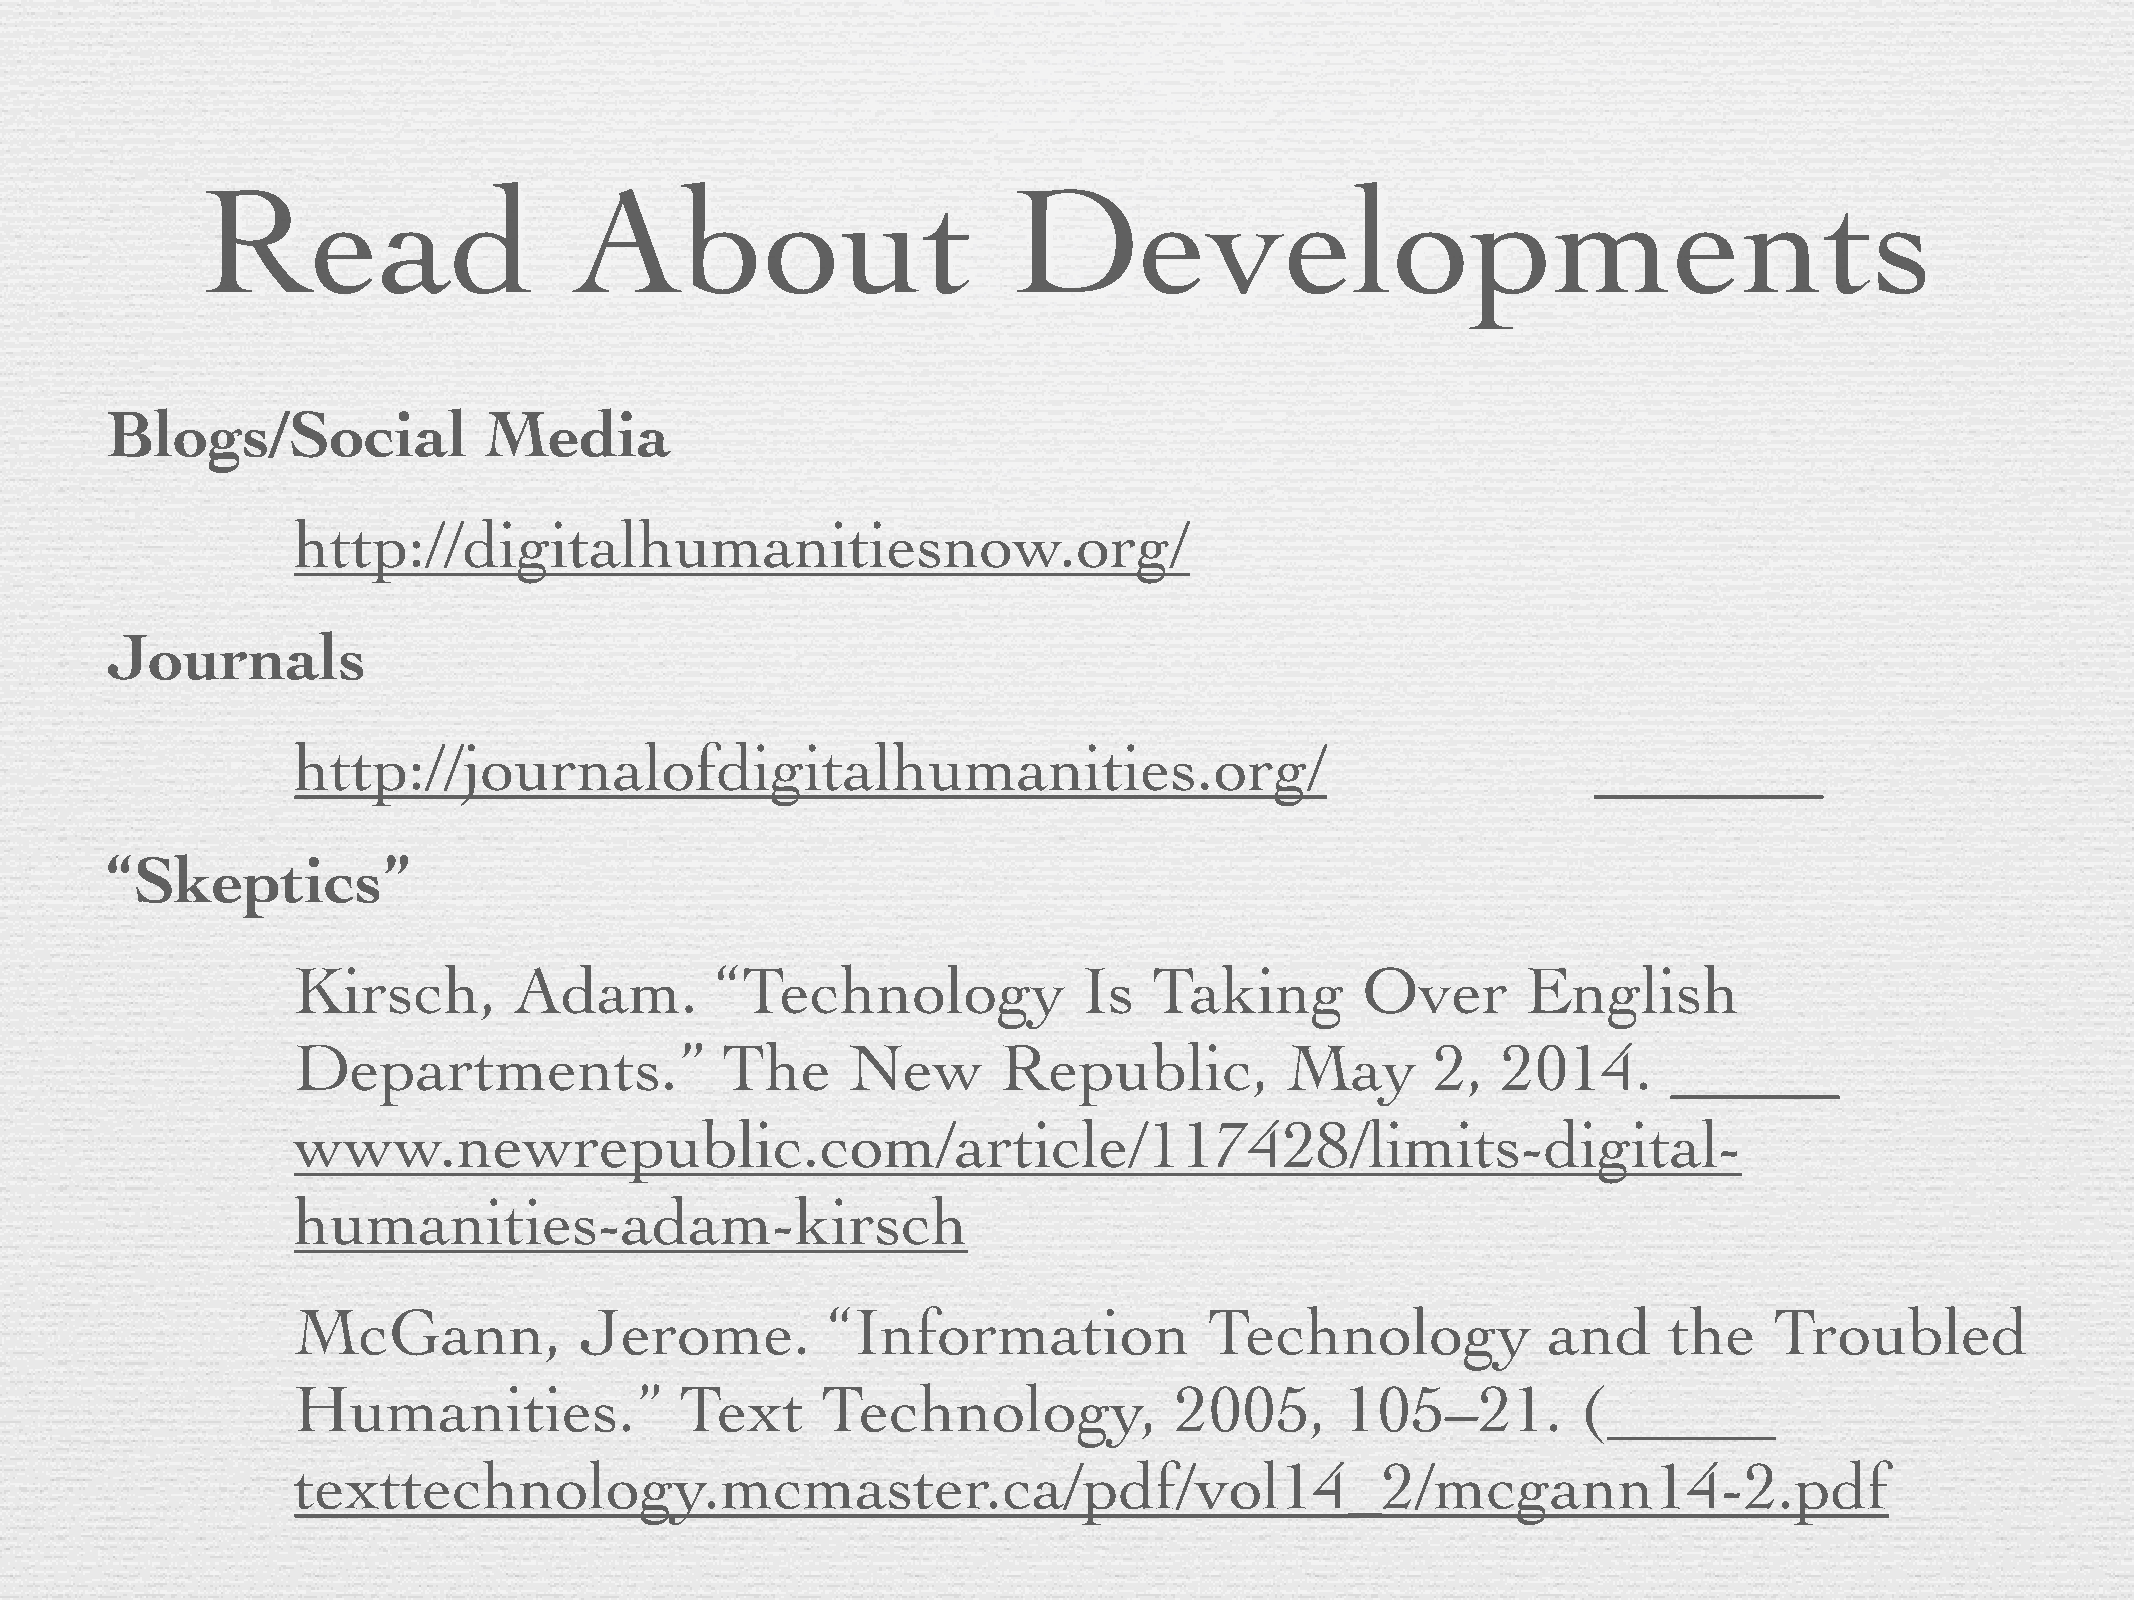
Read                     About                        Developments
 Blogs/Social             Media
 http://digitalhumanitiesnow.org/
 Journals
 http://journalofdigitalhumanities.org/
 “Skeptics”
 Kirsch,        Adam.        “Technology              Is  Taking        Over       English
 Departments.”                The     New       Republic,          May       2,  2014.
 www.newrepublic.com/article/117428/limits-digital-
 humanities-adam-kirsch
 McGann,            Jerome.          “Information             Technology            and     the    Troubled
 Humanities.”              Text     Technology,             2005,      105–21.         (
 texttechnology.mcmaster.ca/pdf/vol14_2/mcgann14-2.pdf